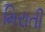
મિરાતી